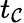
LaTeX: t_{\mathcal{C}}